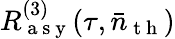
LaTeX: R_{\mathrm{~a~s~y~}}^{(3)}(\tau,\bar{n}_{\mathrm{~t~h~}})